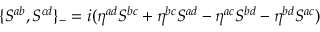
\{ S ^ { a b } , S ^ { c d } \} _ { - } = i ( \eta ^ { a d } S ^ { b c } + \eta ^ { b c } S ^ { a d } - \eta ^ { a c } S ^ { b d } - \eta ^ { b d } S ^ { a c } )